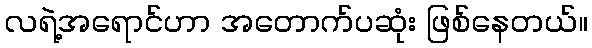
လရဲ့အရောင်ဟာ အတောက်ပဆုံး ဖြစ်နေတယ်။